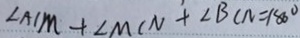
\angle A C M + \angle M C N + \angle B C N = 1 8 0 ^ { \circ }